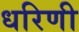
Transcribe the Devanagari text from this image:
धरिणी